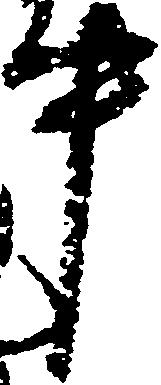
事